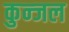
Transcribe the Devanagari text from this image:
कुन्जल